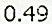
0.49